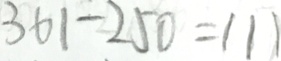
3 6 1 - 2 5 0 = 1 1 1